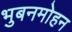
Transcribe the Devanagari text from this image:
भुबनमोहन